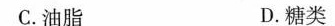
C.油脂 D.糖类